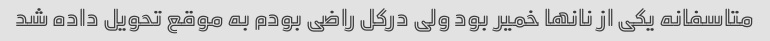
متاسفانه یکی از نانها خمیر بود ولی درکل راضی بودم به موقع تحویل داده شد